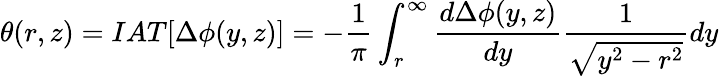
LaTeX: \theta(r,z)=IAT[\Delta\phi(y,z)]=-\frac{1}{\pi}\int_{r}^{\infty}\frac{d\Delta\phi(y,z)}{dy}\frac{1}{\sqrt{y^{2}-r^{2}}}dy